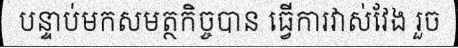
បន្ទាប់មកសមត្ថកិច្ចបាន ធ្វើការវាស់វែង រួច